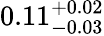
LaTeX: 0.11_{-0.03}^{+0.02}